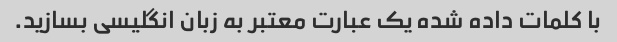
با کلمات داده شده یک عبارت معتبر به زبان انگلیسی بسازید.